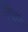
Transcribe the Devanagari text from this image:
मिचल